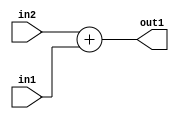
`timescale 1ps / 1ps
/*****************************************************************************
    Verilog RTL Description
    
    
    Created by: Stratus DpOpt 2019.1.01 
*******************************************************************************/

module DC_Filter_Add_13Sx9U_13S_1 (
	in2,
	in1,
	out1
	); /* architecture "behavioural" */ 
input [12:0] in2;
input [8:0] in1;
output [12:0] out1;
wire [12:0] asc001;

assign asc001 = 
	+(in2)
	+(in1);

assign out1 = asc001;
endmodule

/* CADENCE  urn1Tws= : u9/ySgnWtBlWxVPRXgAZ4Og= ** DO NOT EDIT THIS LINE ******/